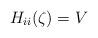
LaTeX: \begin{align*}H_{ii}(\zeta)= V \quad\end{align*}